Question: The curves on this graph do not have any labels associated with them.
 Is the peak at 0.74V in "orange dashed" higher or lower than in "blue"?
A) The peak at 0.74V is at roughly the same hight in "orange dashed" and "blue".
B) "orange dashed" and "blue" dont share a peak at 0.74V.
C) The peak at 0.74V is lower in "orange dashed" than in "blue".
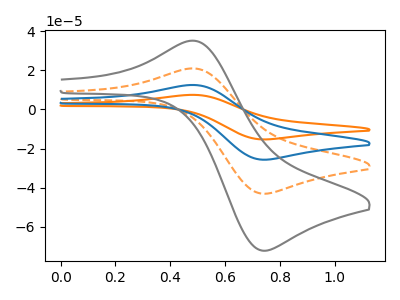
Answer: <think>The orange curve "orange" has an anodic peak at (0.50V, 62.75uA) and a cathodic peak at (0.75V, -129.35uA). The orange dashed curve "orange dashed" has an anodic peak at (0.50V, 20.90uA) and a cathodic peak at (0.75V, -43.10uA). The blue curve "blue" has an anodic peak at (0.50V, 41.85uA) and a cathodic peak at (0.75V, -86.20uA). The gray curve "gray" has an anodic peak at (0.50V, 35.05uA) and a cathodic peak at (0.75V, -72.25uA).</think>
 <answer>C) The peak at 0.74V is lower in "orange dashed" than in "blue".</answer>
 <eval>C</eval>